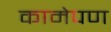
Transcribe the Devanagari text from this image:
कामेपण